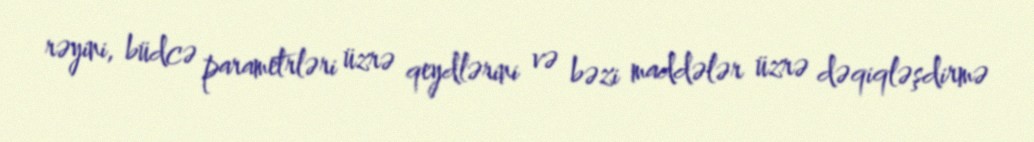
rəyini, büdcə parametrləri üzrə qeydlərini və bəzi maddələr üzrə dəqiqləşdirmə